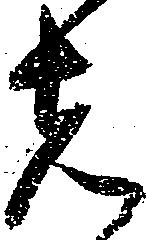
者